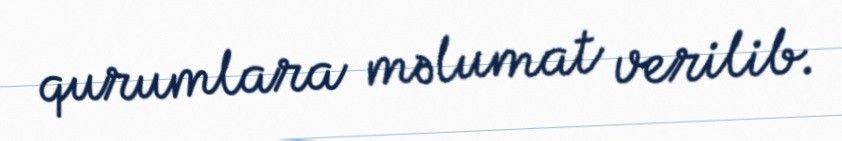
qurumlara məlumat verilib.